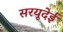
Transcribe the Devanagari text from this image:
सरयूदेई